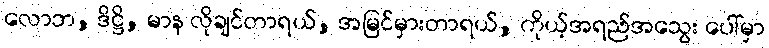
လောဘ, ဒိဋ္ဌိ, မာန လိုချင်တာရယ်, အမြင်မှားတာရယ်, ကိုယ့်အရည်အသွေး ပေါ်မှာ